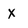
Character: X